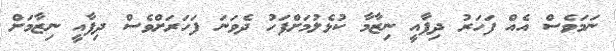
ނަމަވެސް އެއް ފަހަރު ދިފާއީ ނިޒާމާ ކުޅެލުމަށްފަހު ދެވަނަ ފަހަރަށްވެސް ދިފާއީ ނިޒާމަށް